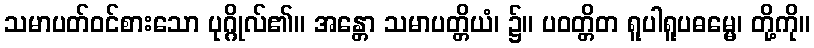
သမာပတ်ဝင်စားသော ပုဂ္ဂိုလ်၏။ အန္တော သမာပတ္တိယံ၊ ၌။ ပဝတ္တိတ ရူပါရူပဓမ္မေ၊ တို့ကို။